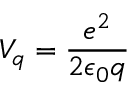
V _ { q } = \frac { e ^ { 2 } } { 2 \epsilon _ { 0 } q }